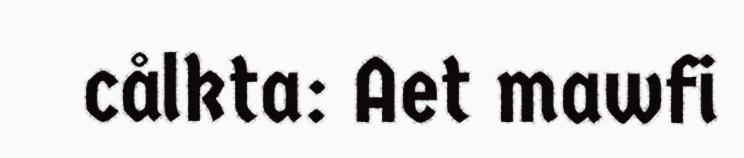
cålkta: Aet mawfi